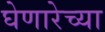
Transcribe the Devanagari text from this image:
घेणारेच्या